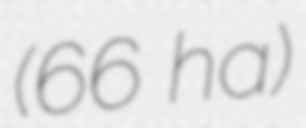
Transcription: (66 ha)